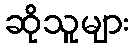
ဆိုသူများ